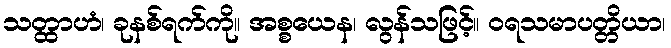
သတ္ထာဟံ၊ ခုနစ်ရက်ကို။ အစ္စယေန၊ လွန်သဖြင့်။ ဝရသမာပတ္တိယာ၊